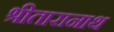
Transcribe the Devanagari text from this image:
श्रीतारानाथ